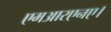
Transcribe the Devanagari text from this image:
एमआरएनए।